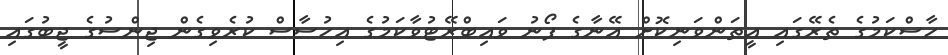
ހާސްކަމުގެ ތެރޭގައި އީތަންވަނިކޮށް އޭނާގެ ފޯނު ވައިބްރޭޓުވާކަމުގެ އިހުސާސް ކުރެވިގެން ޖިންސުގެ ޖީބުގައި